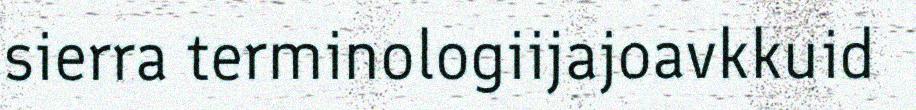
sierra terminologiijajoavkkuid